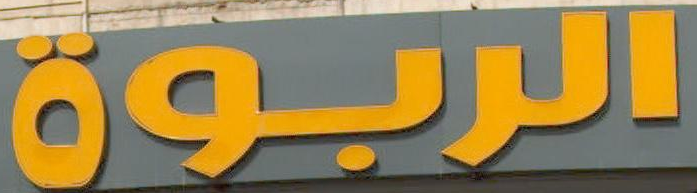
الربوة